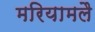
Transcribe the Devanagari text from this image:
मरियामलै